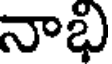
నాభి